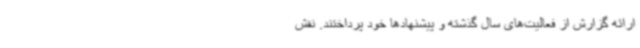
ارائه گزارش از فعالیت‌های سال گذشته و پیشنهادها خود پرداختند. نقش